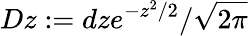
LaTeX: Dz:=dze^{-z^{2}/2}/\sqrt{2\pi}